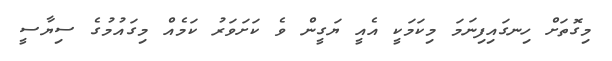
މިގޮތަށް ހިނގައިފިނަމަ މިކަމަކީ އެއީ ޔަގީން ވެ ކަށަވަރު ކަމެއް މިގައުމުގެ ސިޔާސީ